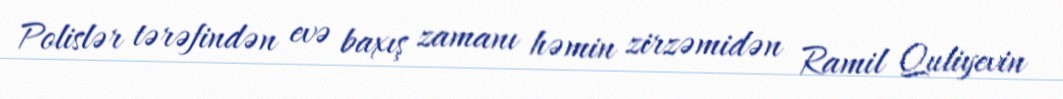
Polislər tərəfindən evə baxış zamanı həmin zirzəmidən Ramil Quliyevin